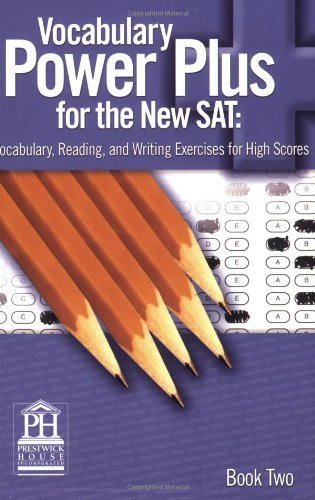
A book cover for Vocabulary Power Plus for the New SAT, Book 2; Daniel A. Reed; Teen & Young Adult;